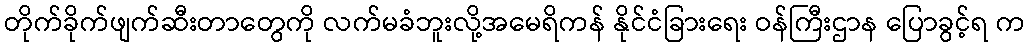
တိုက်ခိုက်ဖျက်ဆီးတာတွေကို လက်မခံဘူးလို့အမေရိကန် နိုင်ငံခြားရေး ဝန်ကြီးဌာန ပြောခွင့်ရ က